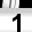
Digit: 1